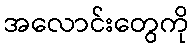
အလောင်းတွေကို